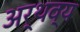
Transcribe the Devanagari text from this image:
अर्थव्य